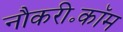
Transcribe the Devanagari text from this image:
नौकरी॰कॉम